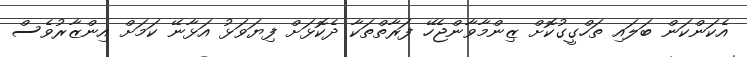
އެކަންކަން ބަލައި ތަހްގީގުކޮށް ޒިންމާވާންޖެހޭ ފަރާތްތަކާ ދެކޮޅަށް ފިޔަވަޅު އަޅާނޭ ކަމަށް އިންޒާރުވެސް